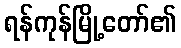
ရန်ကုန်မြို့တော်၏